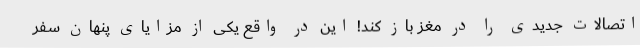
اتصالات جدیدی را در مغز باز کند! این در واقع یکی از مزایای پنهان سفر